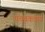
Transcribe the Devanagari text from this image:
पंचवकत्राय